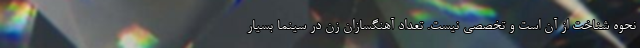
نحوه شناخت از آن است و تخصصی نیست. تعداد آهنگسازان زن در سینما بسیار